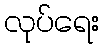
လုပ်ရေး